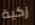
زكية